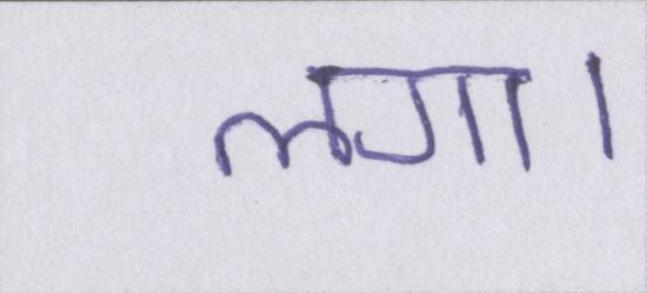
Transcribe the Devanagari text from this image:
लगा।